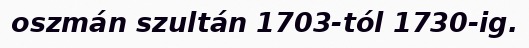
oszmán szultán 1703-tól 1730-ig.